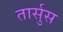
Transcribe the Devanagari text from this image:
तार्सुस